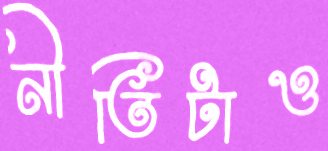
নীতিটাও